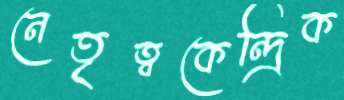
নেতৃত্বকেন্দ্রিক